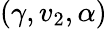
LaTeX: (\gamma,v_{2},\alpha)